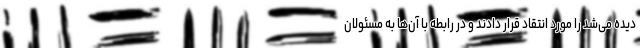
دیده می‌شد را مورد انتقاد قرار دادند و در رابطه با آن‌ها به مسئولان